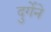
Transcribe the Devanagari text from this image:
दुर्गेने